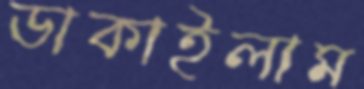
ডাকাইলাম